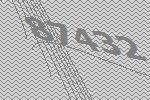
87432